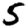
Digit: 5